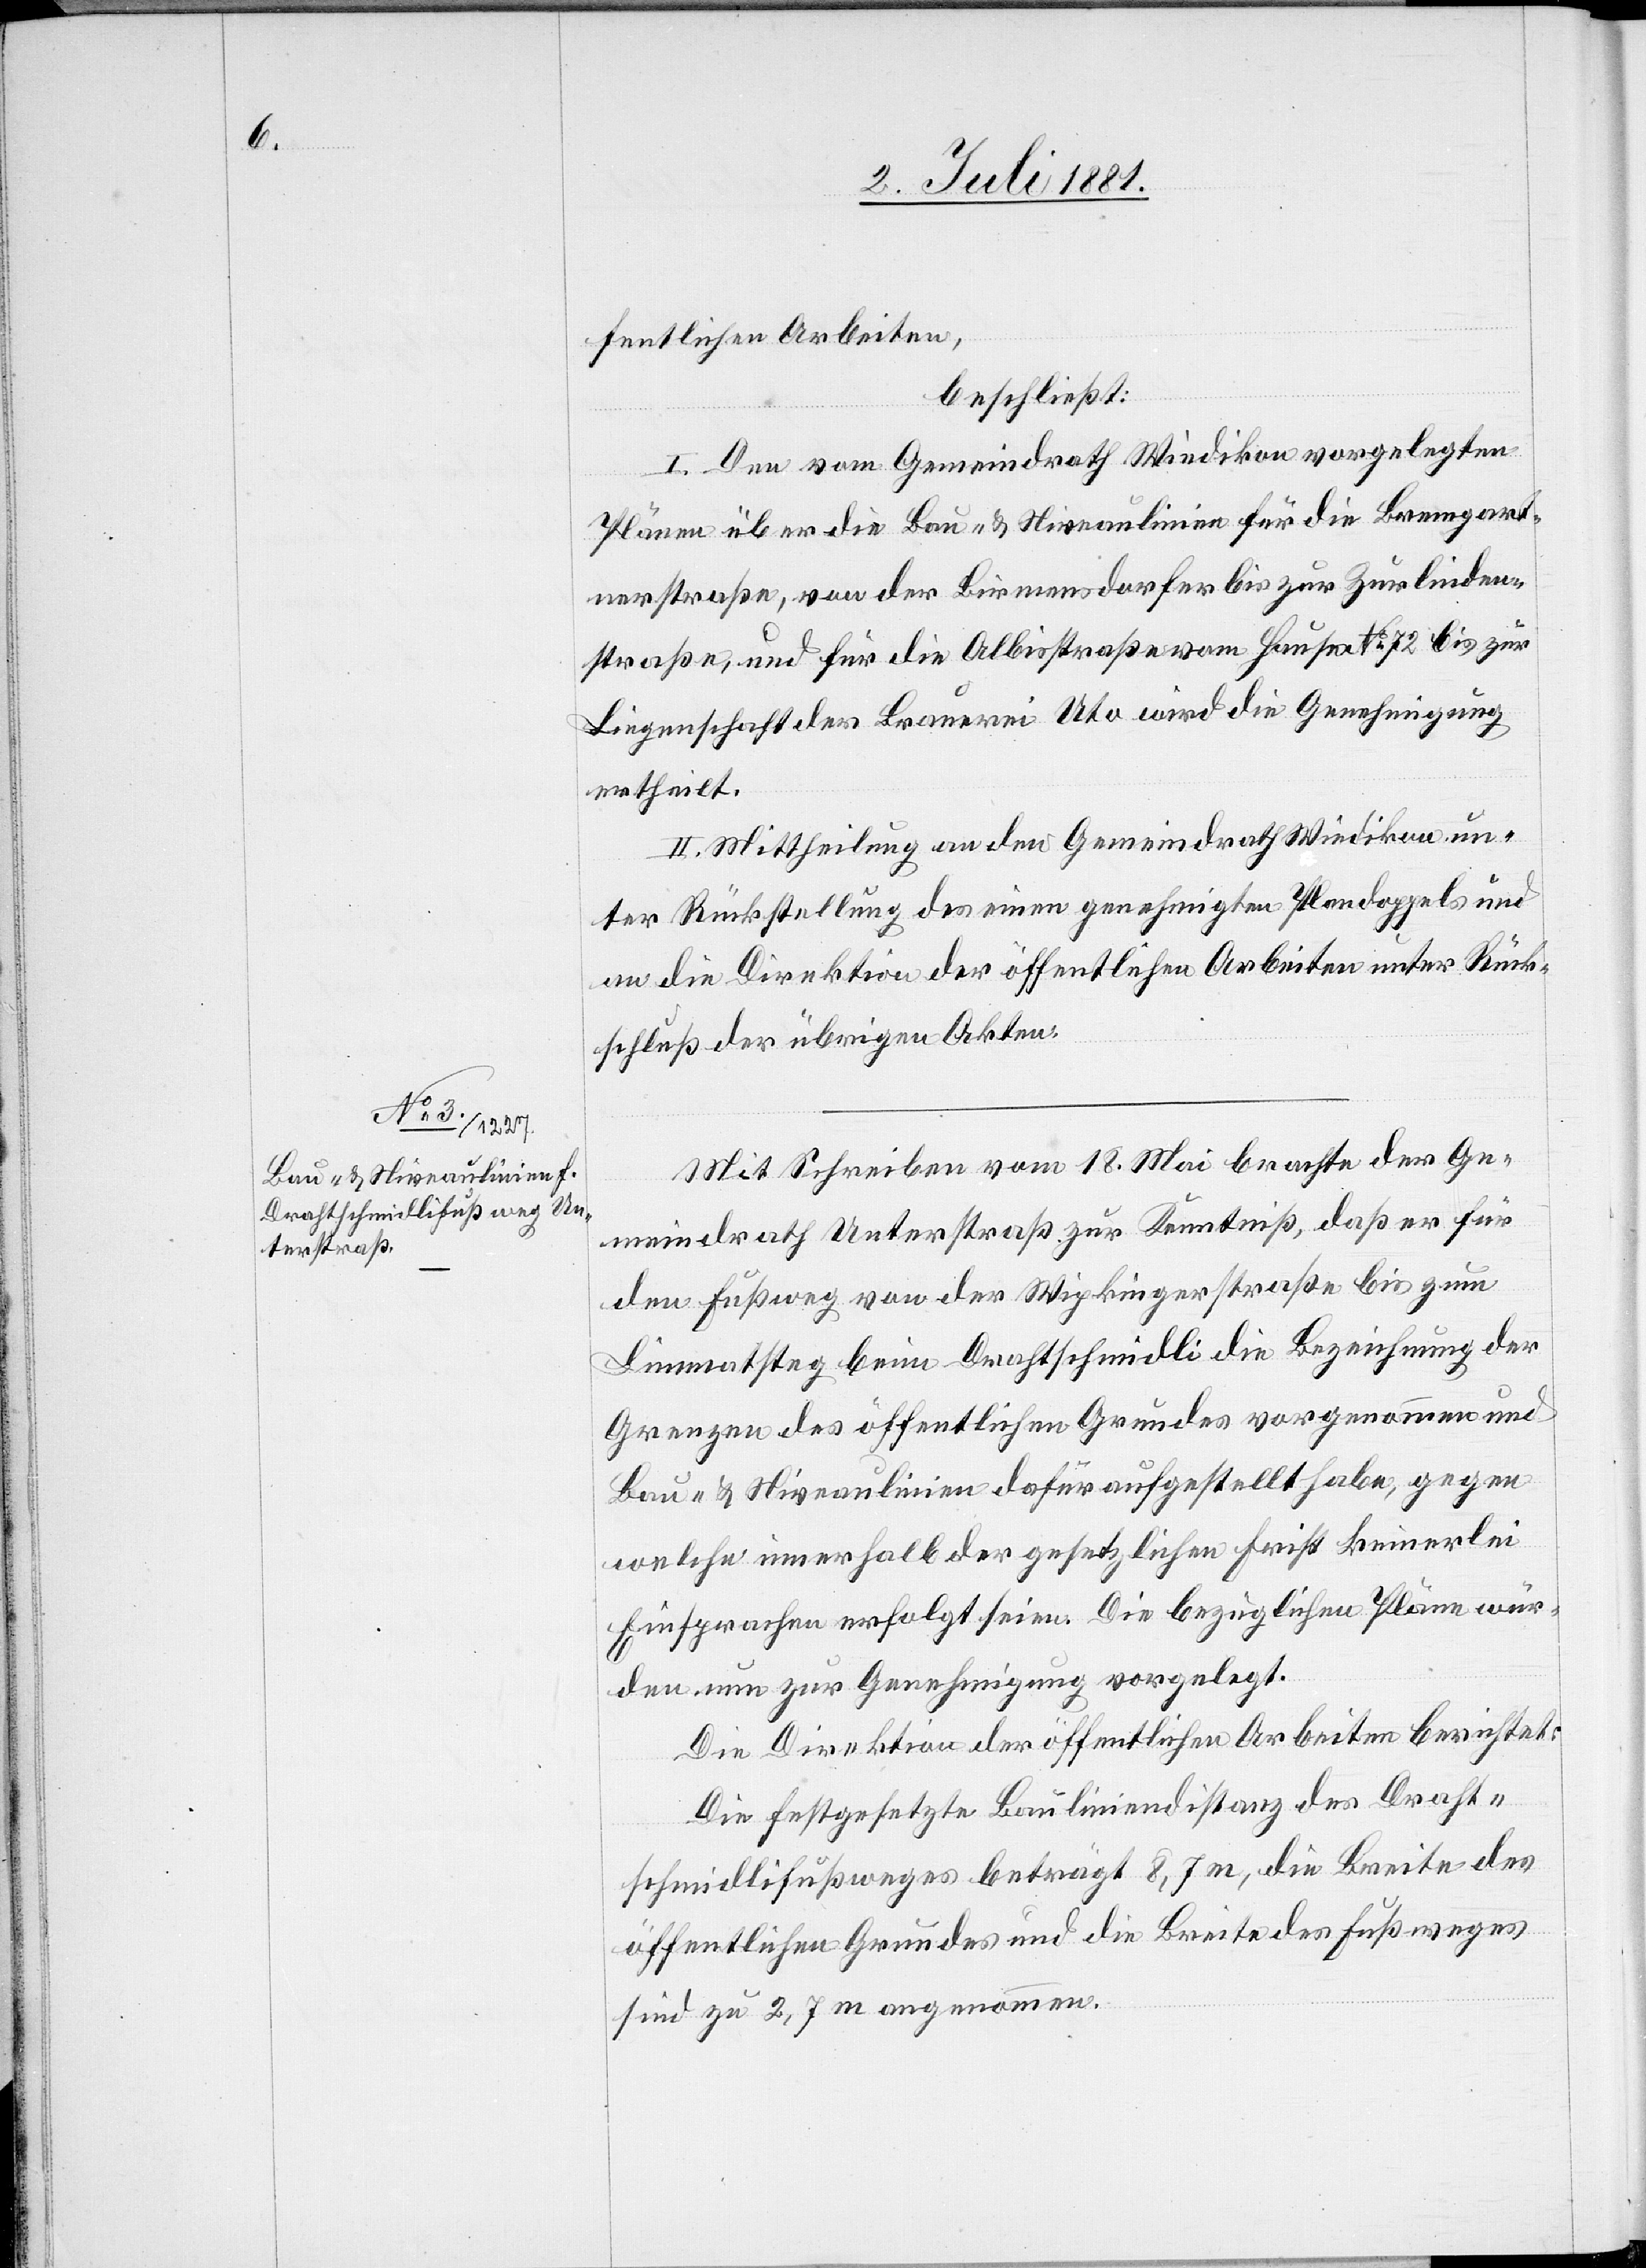
fentlichen Arbeiten,
beschließt:
I. Den vom Gemeindrath Wiedikon vorgelegten
Plänen über die Bau- & Niveaulinien für die Bremgart¬
nerstraße, von der Birmensdorfer bis zur Zurlinden¬
straße, und für die Albisstraße vom Hause No 72 bis zur
Liegenschaft Brauerei Uto wird die Genehmigung
ertheilt.
II. Mittheilung an den Gemeindrath Wiedikon un¬
ter Rückstellung des einen genehmigten Plandoppels und
an die Direktion der öffentlichen Arbeiten unter Rück¬
schluß der übrigen Akten.
Mit Schreiben vom 18. Mai brachte der Ge¬
meindrath Unterstraß zur Kenntniß, daß er für
den Fußweg von der Wipkingerstraße bis zum
Limmatsteg beim Drahschmidli die Bezeichnung der
Grenzen des öffentlichen Grundes vorgenommen und
Bau- und Niveaulinien dafür aufgestellt habe, gegen
welche innerhalb der gesetzlichen Frist keinerlei
Einsprachen erfolgt seien. Die bezüglichen Pläne wür¬
den nun zur Genehmigung vorgelegt.
Die Direktion der öffentlichen Arbeiten berichtet:
Die festgesetzte Bauliniendistanz des Drah¬
schmidlifußweges beträgt 8,7 m, die Breite des
öffentlichen Grundes und die Breite des Fußweges
sind zu 2,7 m angenommen.